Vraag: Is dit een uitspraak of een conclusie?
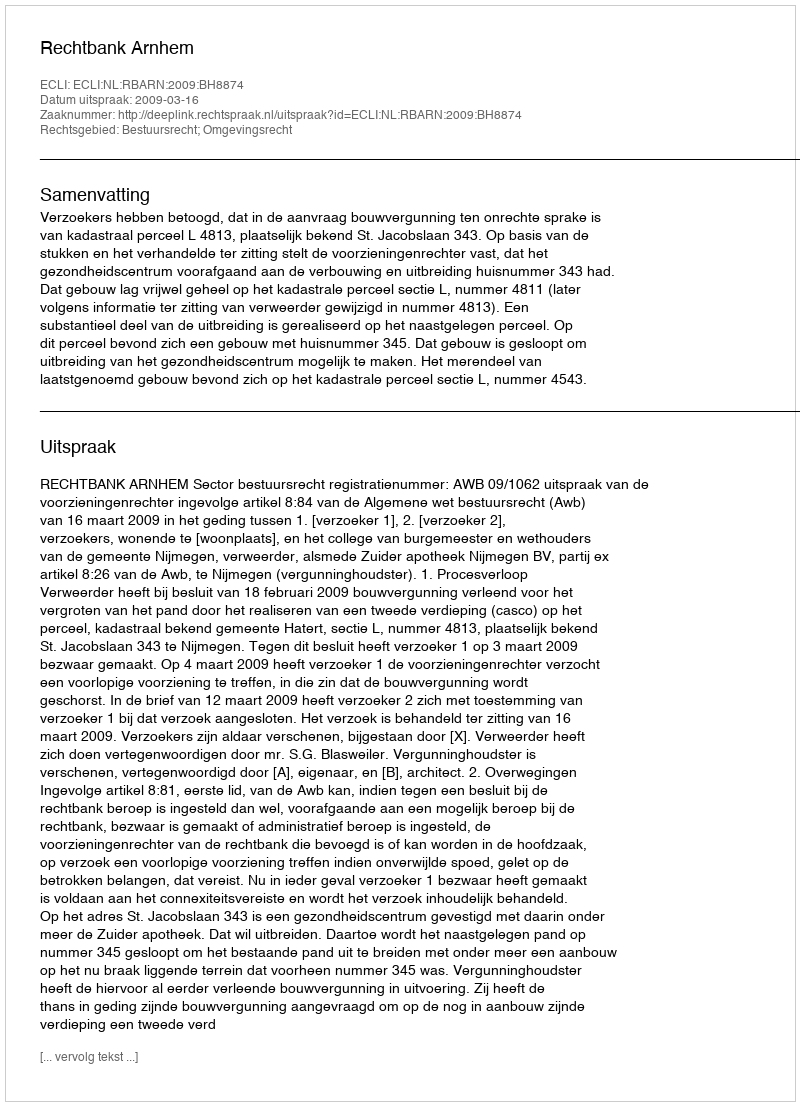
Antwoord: Uitspraak